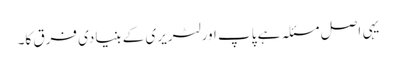
یہی اصل مسئلہ ہے پاپ اور لٹریری کے بنیادی فرق کا۔